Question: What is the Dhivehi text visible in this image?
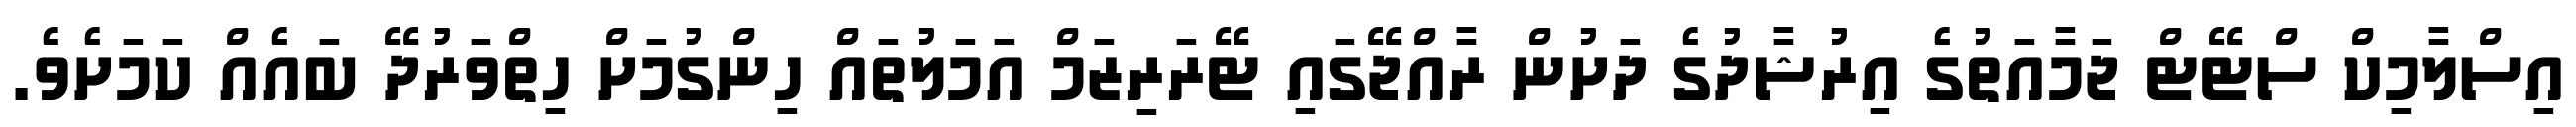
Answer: އިސްލާމިކް ސްޓޭޓް ޖަމާއަތުގެ އިރުޝާދުގެ ދަށުން ރާއްޖޭގައި ޓޭރަރިޒަމް އަމަލުތައް ހިންގުމަށް ހިތްވަރުދޭ ބައެއް ކަމަށެވެ.